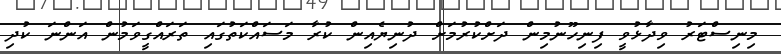
މިނިސްޓަރު ވިދާޅުވީ ފިނިހޫނުމިން ދަށްކުރުމަށް ދުނިޔެއިން ކުރާ މަސައްކަތުގައި ތަރައްގީވަމުން އަންނަ ކުދި